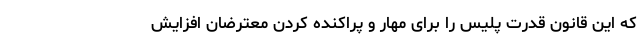
که این قانون قدرت پلیس را برای مهار و پراکنده کردن معترضان افزایش